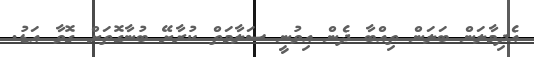
އެދިމާލަން ބަލަން ތިއްބާ ދެން އިވުނީ ސަލާމަތް ކުރާށޭ ބުނާގޮތަށް ގޮވާ އަޑު.